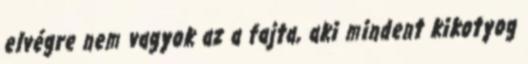
elvégre nem vagyok az a fajta, aki mindent kikotyog